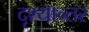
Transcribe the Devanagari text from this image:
दृश्यान्तर